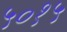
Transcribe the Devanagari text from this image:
५०१५